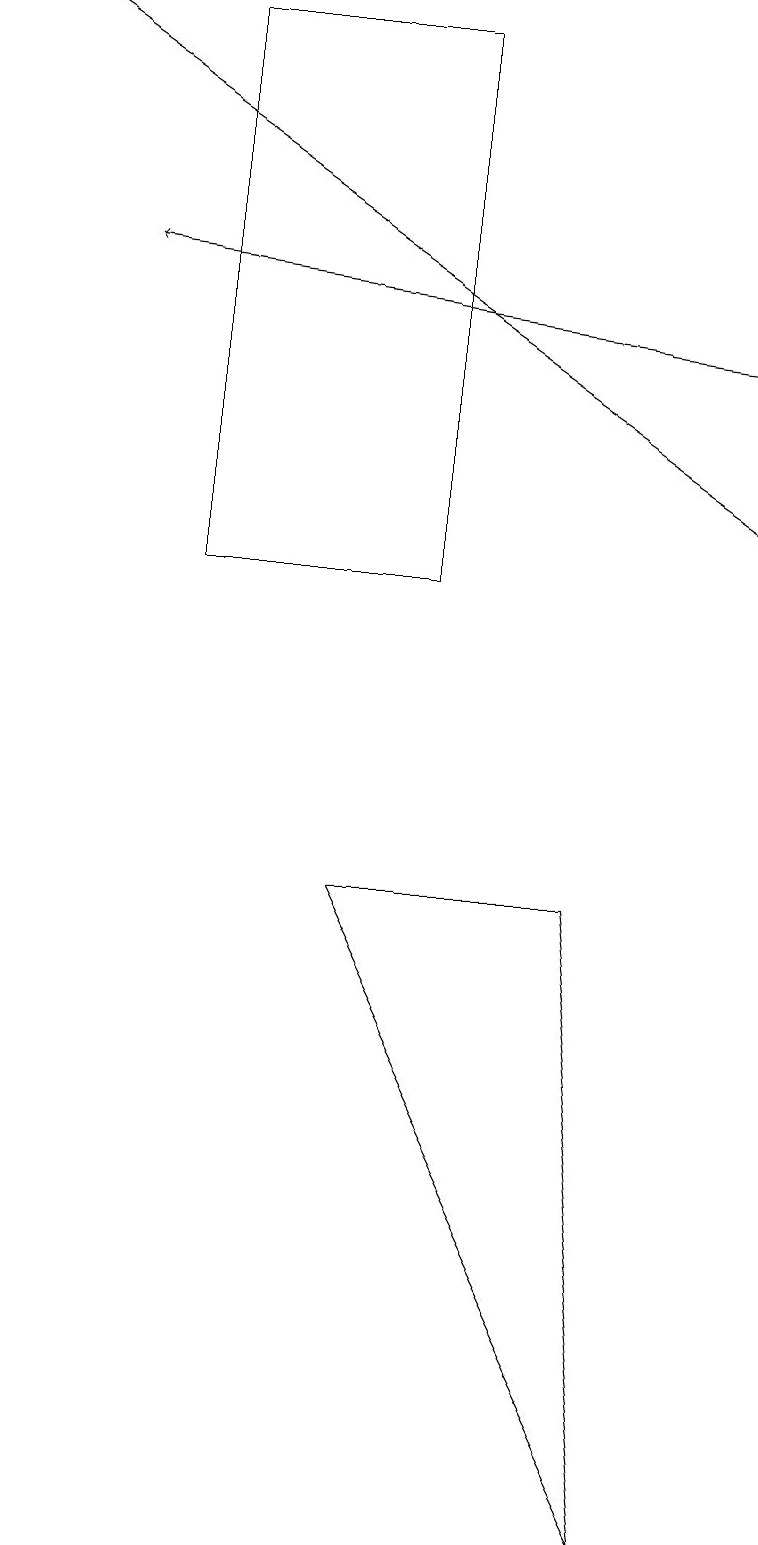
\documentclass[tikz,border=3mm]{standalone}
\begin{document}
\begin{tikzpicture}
\draw (2,12) rectangle (5,19);
\draw[->] (9,13) -- (0,19);
\draw (7,8) -- (4,8) -- (8,0) -- cycle;
\draw[->] (9,15) -- (1,16);
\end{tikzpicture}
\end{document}